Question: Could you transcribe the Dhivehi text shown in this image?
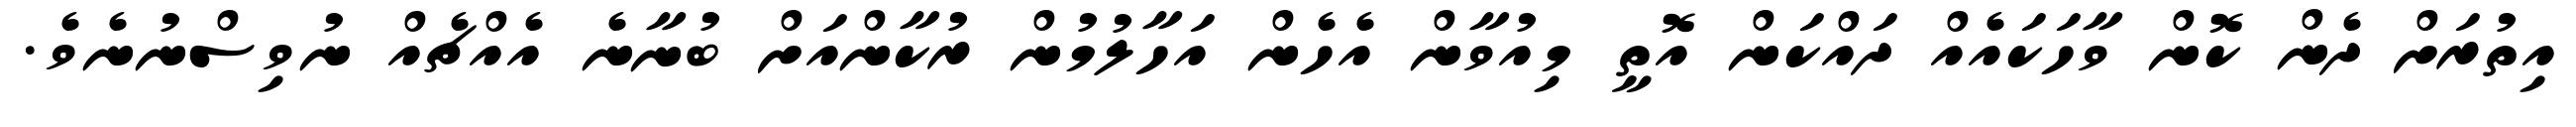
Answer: އިތުރަށް ދެން ކޮން ވާހަކައެއް ދައްކަން އޮތީ މިއުވާން އެހެން އަހާލުމުން ރުކާންއަށް ބުނާނެ އެއްޗެއް ނުވިސްނުނެވެ.